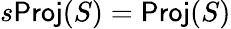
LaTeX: s\textsf{Proj}(S)=\textsf{Proj}(S)